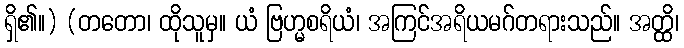
ရှိ၏။) (တတော၊ ထိုသူမှ။ ယံ ဗြဟ္မစရိယံ၊ အကြင်အရိယမဂ်တရားသည်။ အတ္ထိ၊